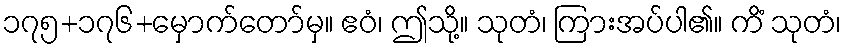
၁၇၅+၁၇၆+မှောက်တော်မှ။ ဧဝံ၊ ဤသို့။ သုတံ၊ ကြားအပ်ပါ၏။ ကိံ သုတံ၊